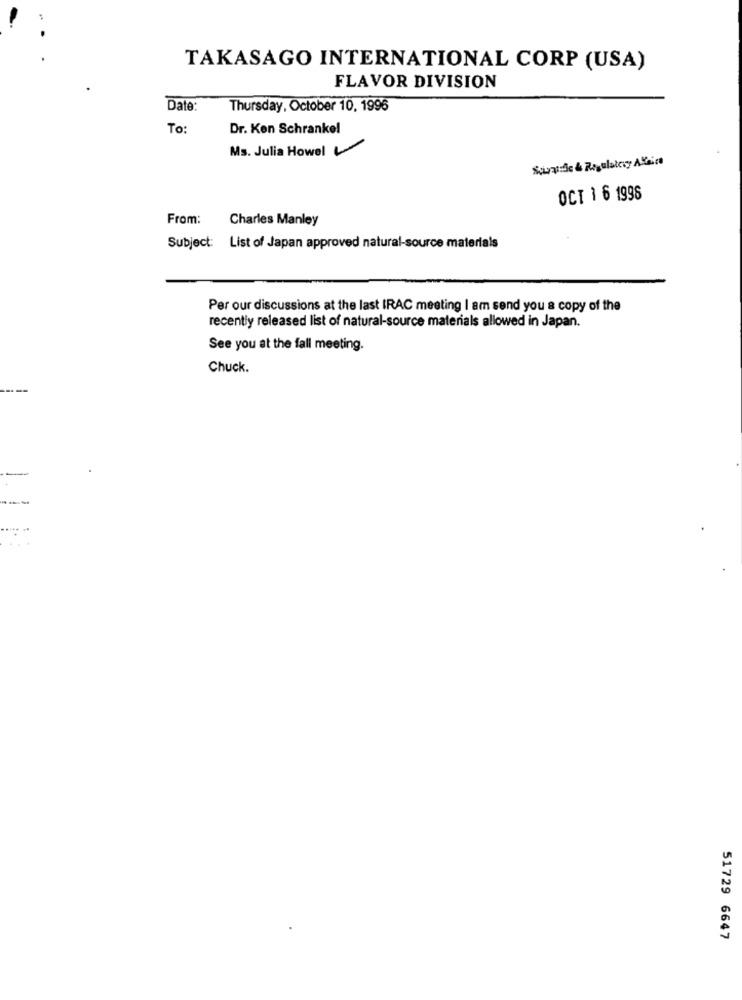
TAKASAGO INTERNATIONAL CORP (USA)
FLAVOR DIVISION
Date:
Thursday, October 10, 1996
To:
Dr. Ken Schrankel
Ms. Julia Howel
Squatde & Regulatevy Areice
OCT 1 6 1998
From:
Charles Manley
Subject: List of Japan approved natural-source materials
Per our discussions at the last IRAC meeting I am send you a copy of the
recently released list of natural-source materials allowed in Japan.
See you at the fall meeting.
Chuck.
51729 6647